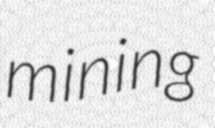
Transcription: mining